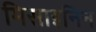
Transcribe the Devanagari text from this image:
मिसाइनिन